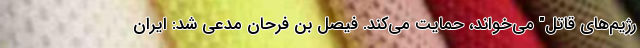
رژیم‌های قاتل" می‌خواند، حمایت می‌کند. فیصل بن فرحان مدعی شد: ایران